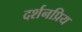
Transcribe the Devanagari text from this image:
दर्शनप्रिय